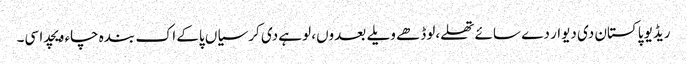
ریڈیو پاکستان دی دیوار دے سائے تھلے،لوڈھے ویلے بعدوں، لوہے دی کرسیاں پاکے اک بندہ چاء ویچدا سی۔